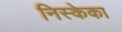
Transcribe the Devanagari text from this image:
निस्केका